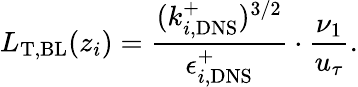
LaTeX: L_{\mathrm{T},\mathrm{BL}}(z_{i})=\frac{(k_{i,\mathrm{DNS}}^{+})^{3/2}}{\epsilon_{i,\mathrm{DNS}}^{+}}\cdot\frac{\nu_{1}}{u_{\tau}}.